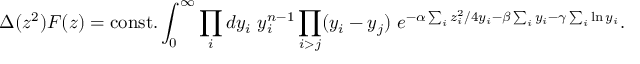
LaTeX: \Delta ( z ^ { 2 } ) { \cal F } ( z ) = \mathrm { c o n s t . } \int _ { 0 } ^ { \infty } \prod _ { i } d y _ { i } ~ y _ { i } ^ { n - 1 } \prod _ { i > j } ( y _ { i } - y _ { j } ) ~ e ^ { - \alpha \sum _ { i } z _ { i } ^ { 2 } / 4 y _ { i } - \beta \sum _ { i } y _ { i } - \gamma \sum _ { i } \ln y _ { i } } .